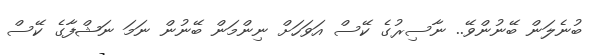
ބުނެލަން ބޭނުންވޭ.. ނާސިރުގެ ކޭސް އަވަހަށް ނިންމަން ބޭނުން ނަމަ ނަޝްފާގެ ކޭސް